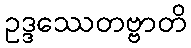
ဥဒ္ဒဿေတဗ္ဗာတိ